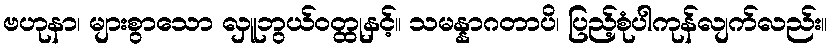
ဗဟုနာ၊ များစွာသော လှူဘွယ်ဝတ္ထုနှင့်။ သမန္နာဂတာပိ၊ ပြည့်စုံပါကုန်လျက်လည်း။